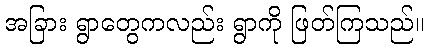
အခြား ရွာတွေကလည်း ရွာကို ဖြတ်ကြသည်။